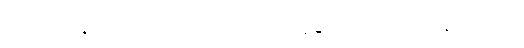
သလိလန္တိအာဒီသု၊ ဤသို့အစရှိကုနိသော။ အာပေါနာမေသု၊